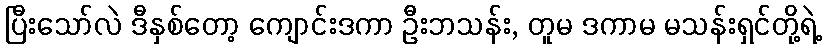
ပြီးသော်လဲ ဒီနှစ်တော့ ကျောင်းဒကာ ဦးဘသန်း, တူမ ဒကာမ မသန်းရှင်တို့ရဲ့